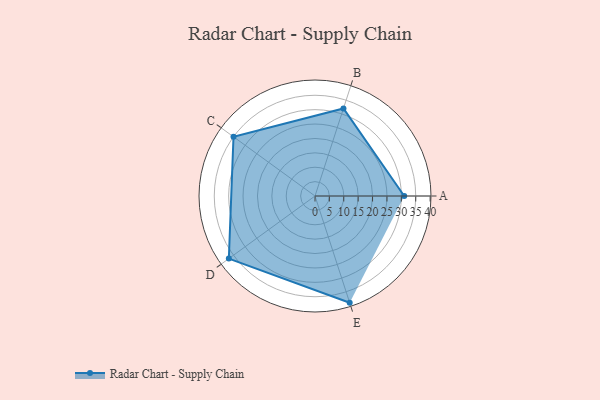
{"axis": {"x": "Skill", "y": "Score"}, "legend": ["Profile"], "data": [{"x": "A", "y": 31.0, "type": "Profile"}, {"x": "B", "y": 32.0, "type": "Profile"}, {"x": "C", "y": 35.0, "type": "Profile"}, {"x": "D", "y": 37.0, "type": "Profile"}, {"x": "E", "y": 39.0, "type": "Profile"}]}